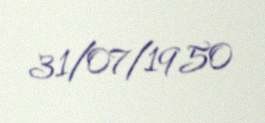
31/07/1950